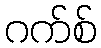
ဂက်စ်